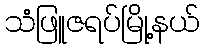
သံဖြူဇရပ်မြို့နယ်